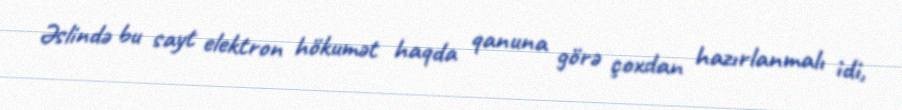
Əslində bu sayt elektron hökumət haqda qanuna görə çoxdan hazırlanmalı idi,